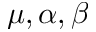
\mu , \alpha , \beta